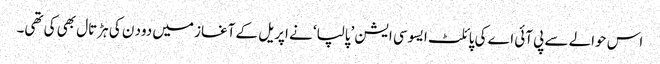
اس حوالے سے پی آئی اے کی پائلٹ ایسوسی ایشن ’پالپا‘ نے اپریل کے آغاز میں دود ن کی ہڑتال بھی کی تھی۔